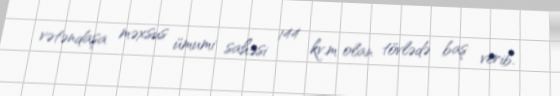
vətəndaşa məxsus ümumi sahəsi 144 kv.m olan tövlədə baş verib.